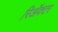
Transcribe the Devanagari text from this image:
रिॲक्टर